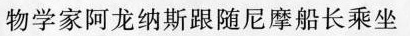
物学家阿龙纳斯跟随尼摩船长乘坐